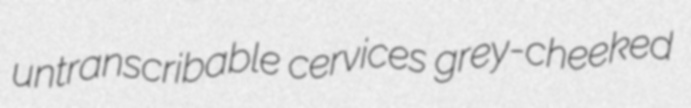
untranscribable cervices grey-cheeked